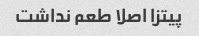
پیتزا اصلا طعم نداشت